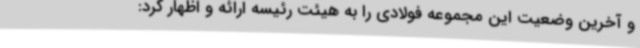
و آخرین وضعیت این مجموعه فولادی را به هیئت رئیسه ارائه و اظهار کرد: